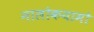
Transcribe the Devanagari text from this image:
नालोकयामो